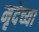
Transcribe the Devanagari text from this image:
मृदेच्या